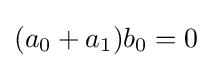
(a_{0}+a_{1})b_{0}=0